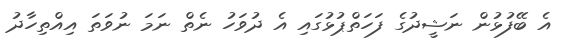
އެ ބޭފުޅުން ނަޝީދުގެ ފަހަތްޕުޅުގައި އެ ދުވަހު ނެތް ނަމަ ނުވަތަ އިއްތިހާދު